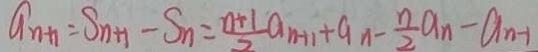
a _ { n + 1 } = S _ { n + 1 } - S _ { n } = \frac { n + 1 } { 2 } a _ { n + 1 } + a _ { n } - \frac { n } { 2 } a _ { n } - a _ { n - 1 }